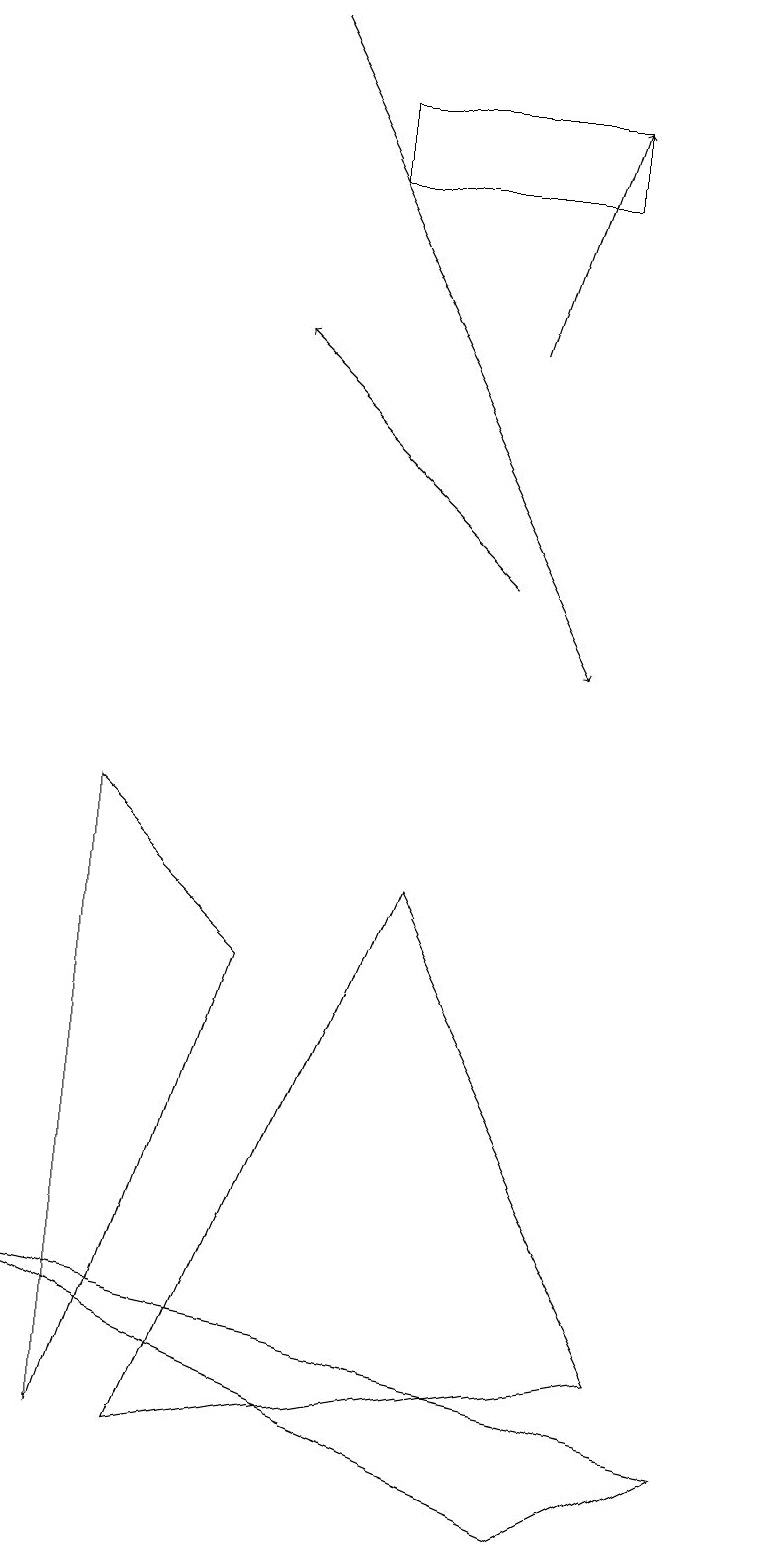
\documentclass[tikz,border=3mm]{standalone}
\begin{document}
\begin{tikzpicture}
\draw[->] (3,19) -- (7,11);
\draw[->] (6,15) -- (7,18);
\draw (7,0) -- (9,1) -- (0,3) -- cycle;
\draw (2,1) -- (5,8) -- (8,2) -- cycle;
\draw (4,17) rectangle (7,18);
\draw (1,9) -- (1,1) -- (3,7) -- cycle;
\draw[->] (6,12) -- (3,15);
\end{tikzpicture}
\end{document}